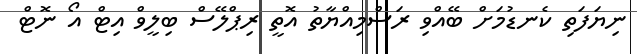
ނިޔަފަތި ކެނޑުމަށް ބޭއްވި ރަސްމިއްޔާތު އޮތީ ރިޕްލޭސް ބިލީވް އިޓް އޯ ނޮޓް